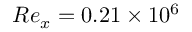
R e _ { x } = 0 . 2 1 \times 1 0 ^ { 6 }